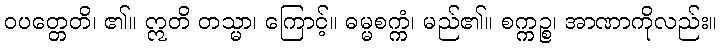
ဝပတ္တေတိ၊ ၏။ ဣတိ တသ္မာ၊ ကြောင့်။ ဓမ္မစက္ကံ၊ မည်၏။ စက္ကဉ္စ၊ အာဏာကိုလည်း။